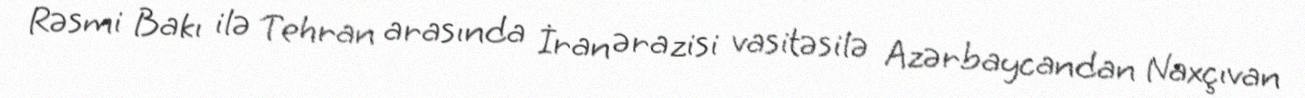
Rəsmi Bakı ilə Tehran arasında İran ərazisi vasitəsilə Azərbaycandan Naxçıvan